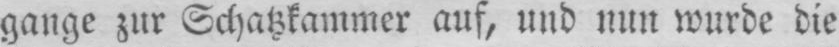
gange zur Schatzkammer auf, und nun wurde die